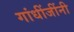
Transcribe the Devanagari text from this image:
गांधींजींनी